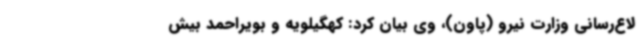
لاع‌رسانی وزارت نیرو (پاون)، وی بیان کرد: کهگیلویه و بویراحمد بیش